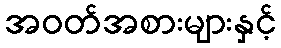
အဝတ်အစားများနှင့်